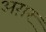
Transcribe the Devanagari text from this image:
अग़र